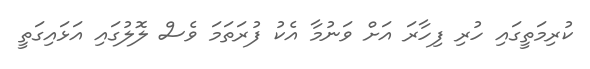
ކުރިމަތީގައި ހުރި ފިހާރަ އަށް ވަނުމާ އެކު ފުރަތަމަ ވެސް ލޮލުގައި އަޅައިގަތީ